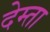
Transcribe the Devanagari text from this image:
देम्ता